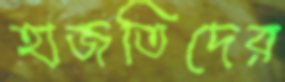
হাজতিদের